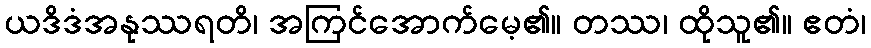
ယဒိဒံအနုဿရတိ၊ အကြင်အောက်မေ့၏။ တဿ၊ ထိုသူ၏။ ဧတံ၊